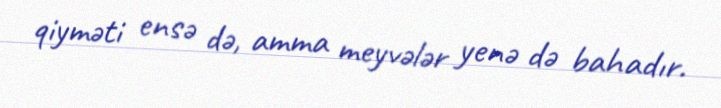
qiyməti ensə də, amma meyvələr yenə də bahadır.